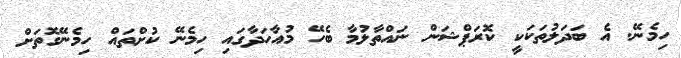
ހިމެނޭ. އެ ބަދަލުތަކަކީ ކޮރަޕްޝަން ނައްތާލުމާ ބެހޭ މުއާހަދާގައި ހިމެނޭ ކުށްތައް ހިމެނޭގޮތަށް